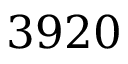
3 9 2 0